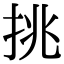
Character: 挑